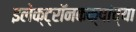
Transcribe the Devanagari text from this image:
इलेक्ट्रॉनकक्षांच्या